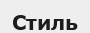
Стиль